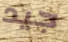
جيد